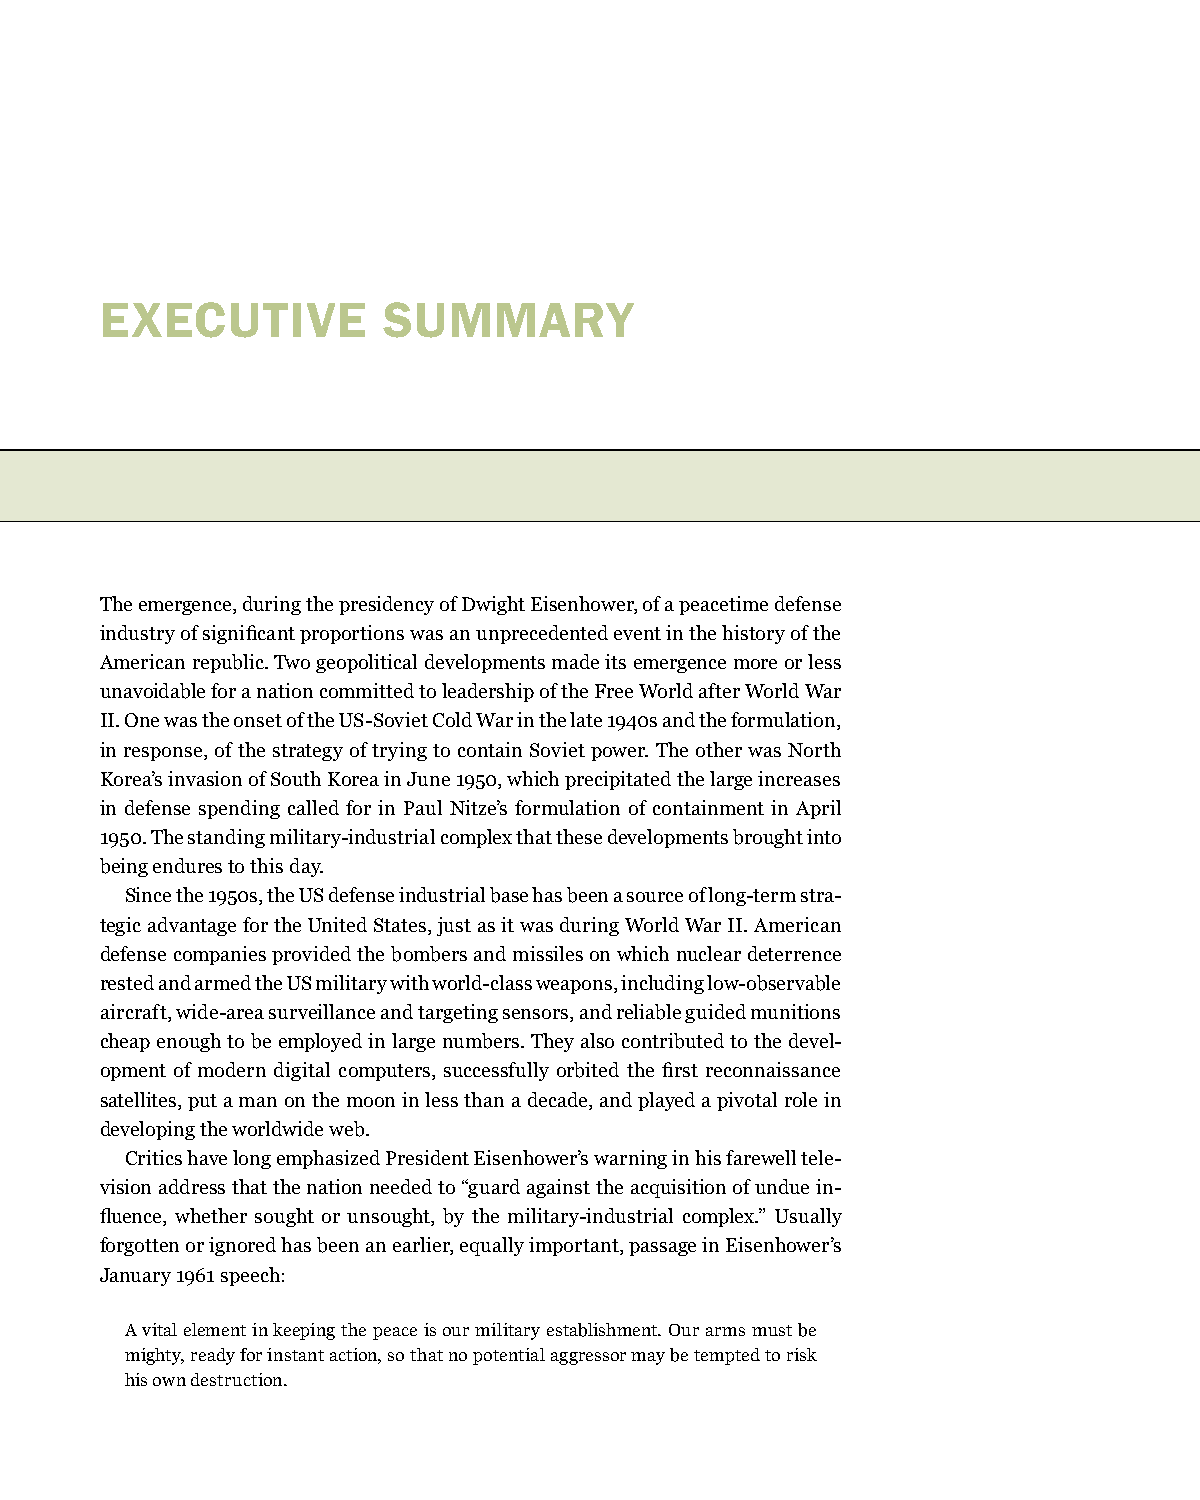
execUTIve         SUmmarY
 TUIST lDee >fe SnuSbeti tBleUDgeT > options and Choices for the Long haul
 The emergence, during the presidency of Dwight Eisenhower, of a peacetime defense
 industry of significant proportions was an unprecedented event in the history of the
 American republic. Two geopolitical developments made its emergence more or less
 unavoidable for a nation committed to leadership of the Free World after World War
 II. One was the onset of the US-Soviet Cold War in the late 1940s and the formulation,
 in response, of the strategy of trying to contain Soviet power. The other was North
 Korea’s invasion of South Korea in June 1950, which precipitated the large increases
 in defense spending called for in Paul Nitze’s formulation of containment in April
 1950. The standing military-industrial complex that these developments brought into
 being endures to this day.
 Since the 1950s, the US defense industrial base has been a source of long-term stra-
 tegic advantage for the United States, just as it was during World War II. American
 defense companies provided the bombers and missiles on which nuclear deterrence
 rested and armed the US military with world-class weapons, including low-observable
 aircraft, wide-area surveillance and targeting sensors, and reliable guided munitions
 cheap enough to be employed in large numbers. They also contributed to the devel-
 opment of modern digital computers, successfully orbited the first reconnaissance
 satellites, put a man on the moon in less than a decade, and played a pivotal role in
 developing the worldwide web.
 Critics have long emphasized President Eisenhower’s warning in his farewell tele-
 vision address that the nation needed to “guard against the acquisition of undue in-
 fluence, whether sought or unsought, by the military-industrial complex.” Usually
 forgotten or ignored has been an earlier, equally important, passage in Eisenhower’s
 January 1961 speech:
 A vital element in keeping the peace is our military establishment. Our arms must be
 mighty, ready for instant action, so that no potential aggressor may be tempted to risk
 his own destruction.